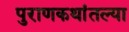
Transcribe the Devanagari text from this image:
पुराणकथांतल्या